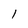
Character: l